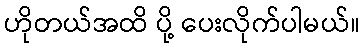
ဟိုတယ်အထိ ပို့ ပေးလိုက်ပါမယ်။